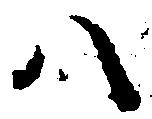
八